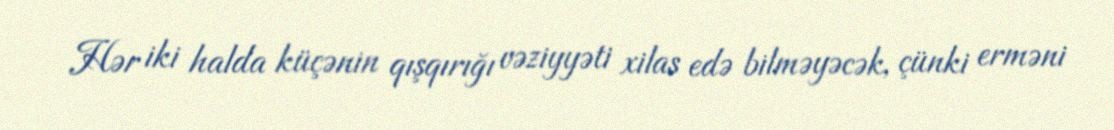
Hər iki halda küçənin qışqırığı vəziyyəti xilas edə bilməyəcək, çünki erməni